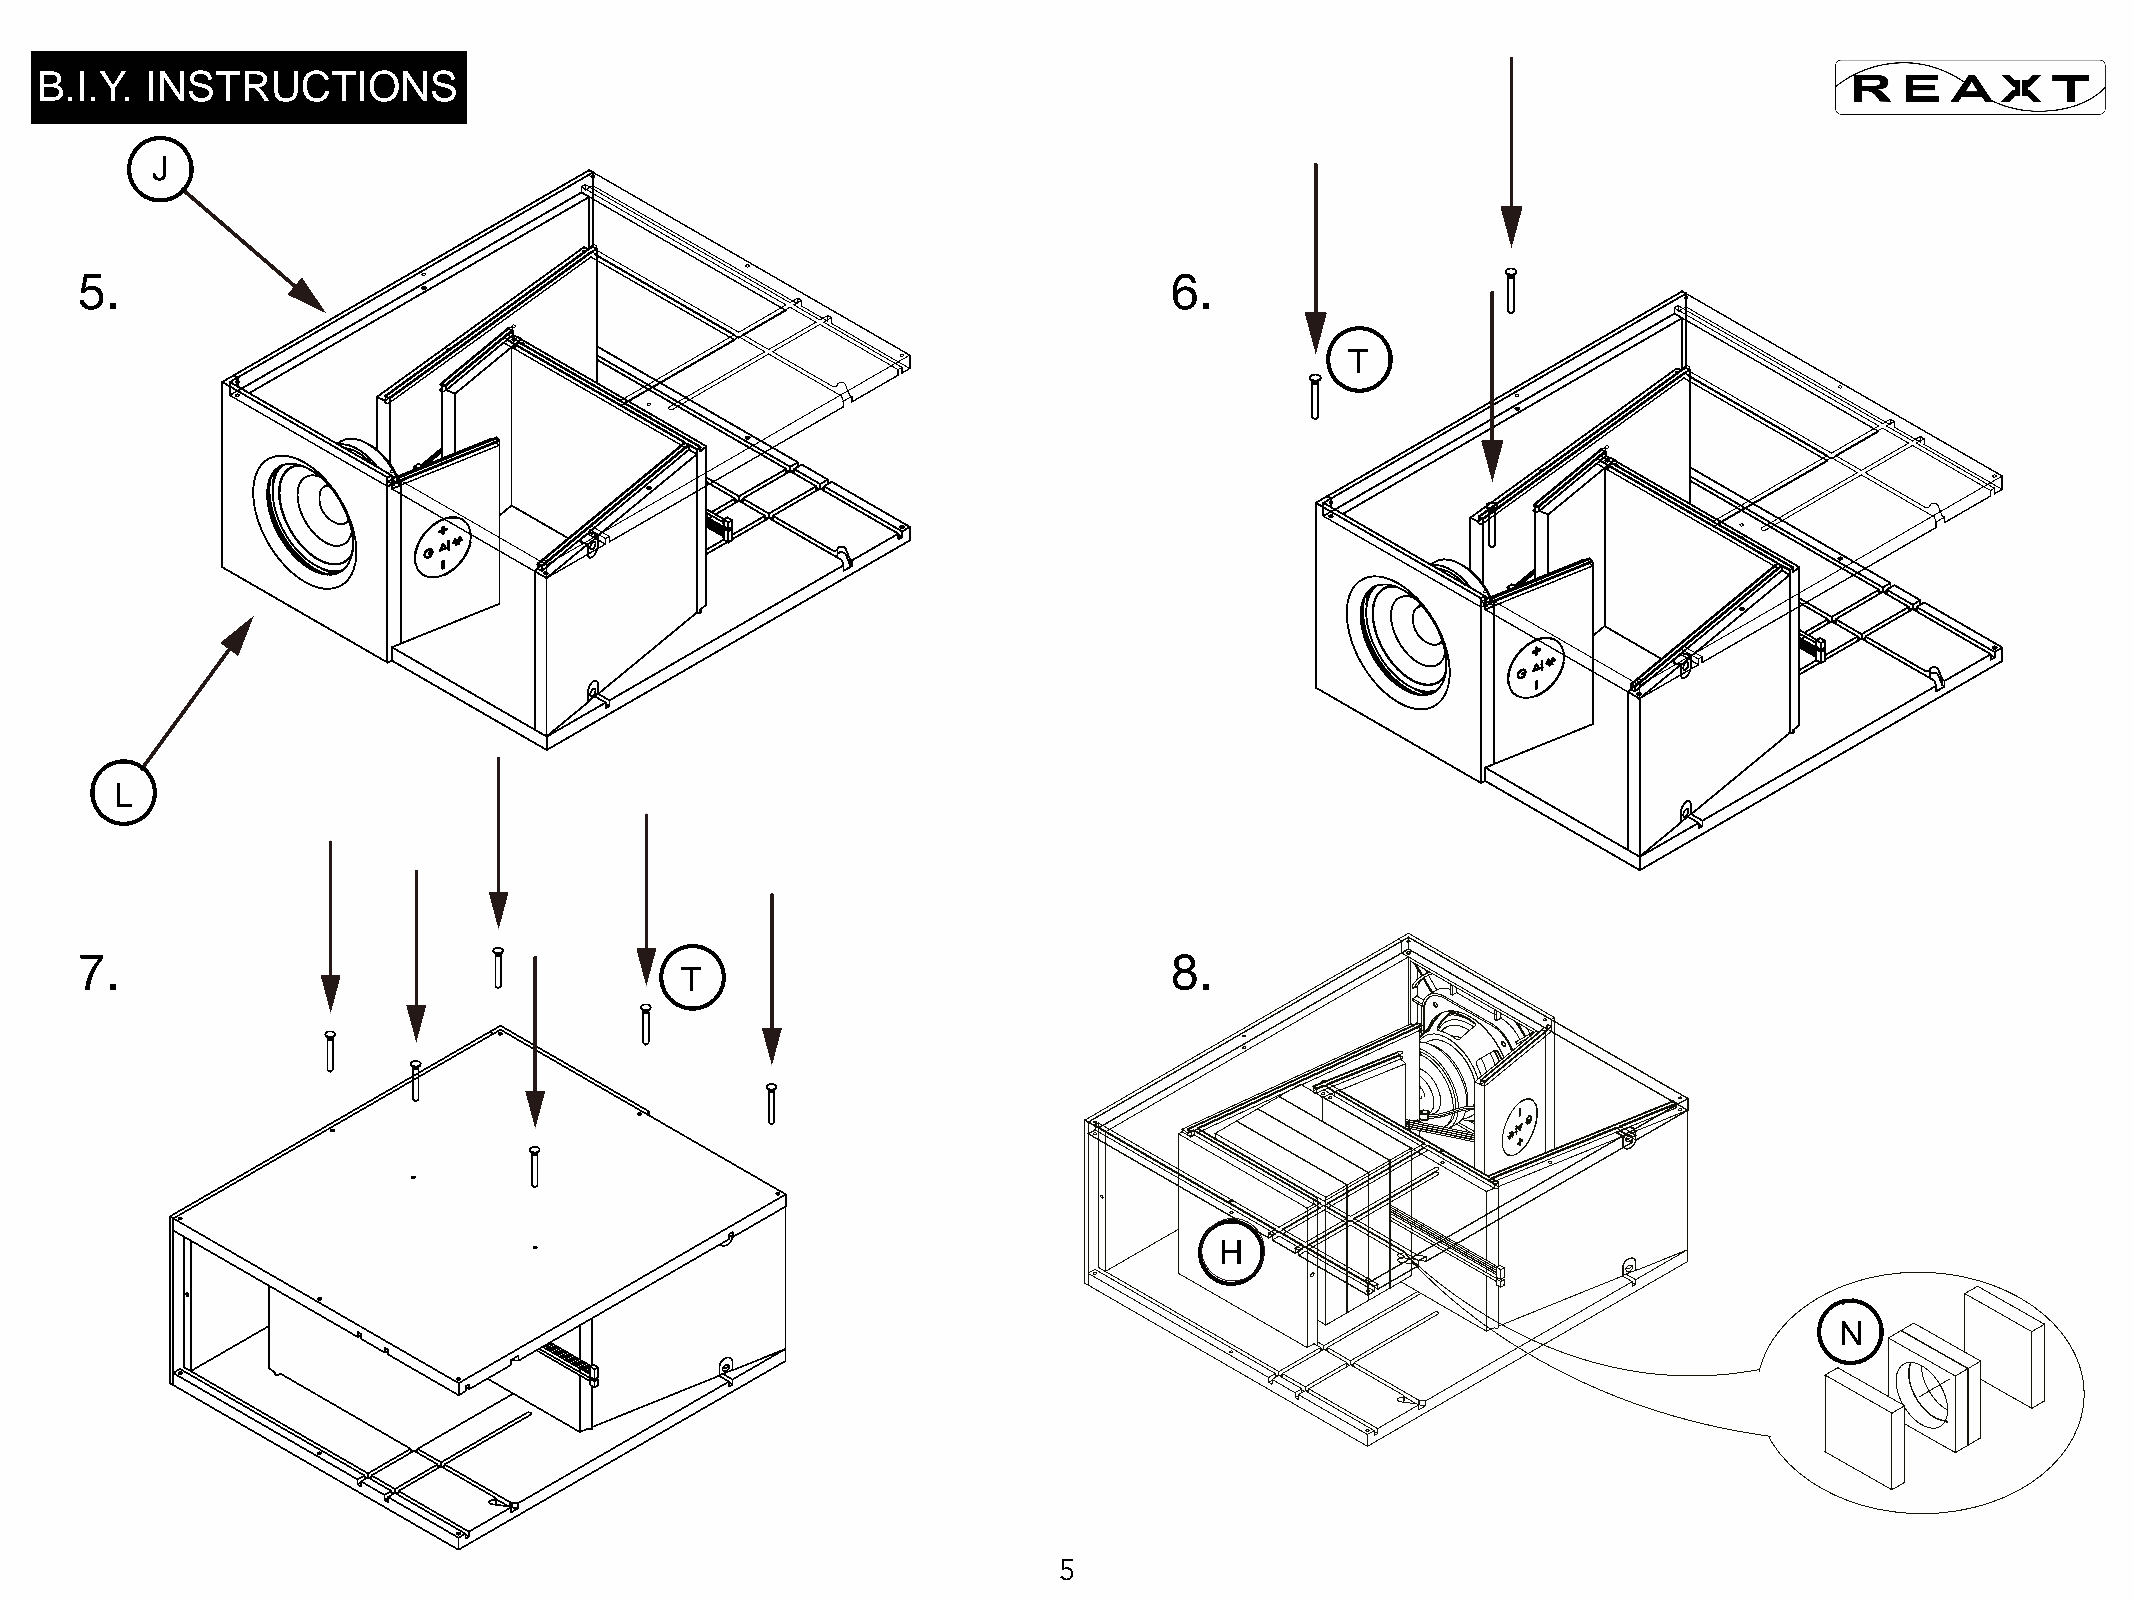
B.I.Y.  INSTRUCTIONS
 J
 5.                                                                      6.
 T
 L
 7.                                                                      8.
 T
 H
 N
 5